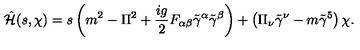
\hat { { \cal H } } ( s , \chi ) = s \left( m ^ { 2 } - \Pi ^ { 2 } + \frac { i g } { 2 } F _ { \alpha \beta } \tilde { \gamma } ^ { \alpha } \tilde { \gamma } ^ { \beta } \right) + \left( \Pi _ { \nu } \tilde { \gamma } ^ { \nu } - m \tilde { \gamma } ^ { 5 } \right) \chi .